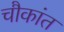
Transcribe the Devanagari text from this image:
चौकांत